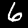
Digit: 6